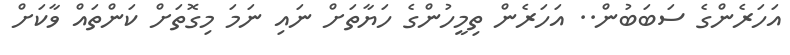
އަހަރެންގެ ސަބަބުން.. އަހަރެން ތިމީހުންގެ ހަޔާތަށް ނައި ނަމަ މިގޮތަށް ކަންތައް ވާކަށް